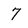
Character: 7